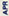
APR